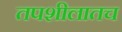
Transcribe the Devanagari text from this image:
तपशीलातच